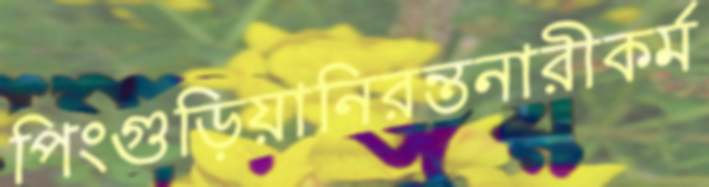
পিংগুড়িয়ানিরন্তনারীকর্ম